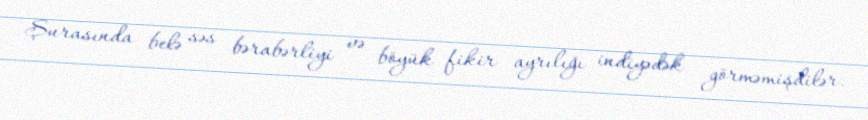
Şurasında belə səs bərabərliyi və böyük fikir ayrılığı indiyədək görməmişdilər.